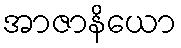
အာဇာနိယော